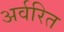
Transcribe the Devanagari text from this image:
अर्वरित